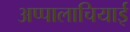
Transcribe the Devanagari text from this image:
अप्पालाचियाई